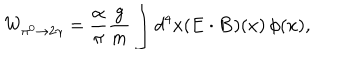
W _ { \pi ^ { 0 } \to 2 \gamma } = \frac { \alpha } { \pi } \frac { g } { m } \int d ^ { 4 } x ( \mathbf { E \cdot B } ) ( x ) \, \phi ( x ) ,